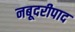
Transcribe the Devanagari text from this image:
नबूदरीपाद